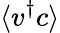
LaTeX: \langle v^{\dagger}c\rangle